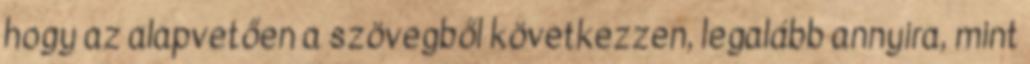
hogy az alapvetően a szövegből következzen, legalább annyira, mint